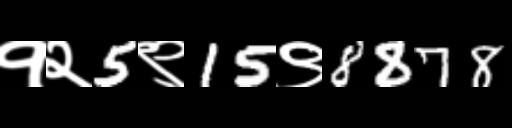
Text: १२5९15९8878